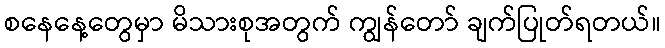
စနေနေ့တွေမှာ မိသားစုအတွက် ကျွန်တော် ချက်ပြုတ်ရတယ်။